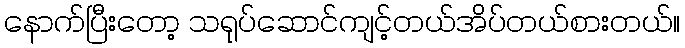
နောက်ပြီးတော့ သရုပ်ဆောင်ကျင့်တယ်အိပ်တယ်စားတယ်။